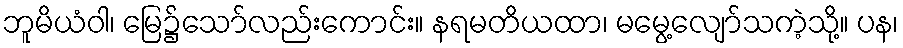
ဘူမိယံဝါ၊ မြေ၌သော်လည်းကောင်း။ နရမတိယထာ၊ မမွေ့လျော်သကဲ့သို့။ ပန၊